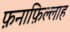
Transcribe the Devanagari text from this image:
फ़नाफ़िल्लाह